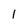
Character: 1